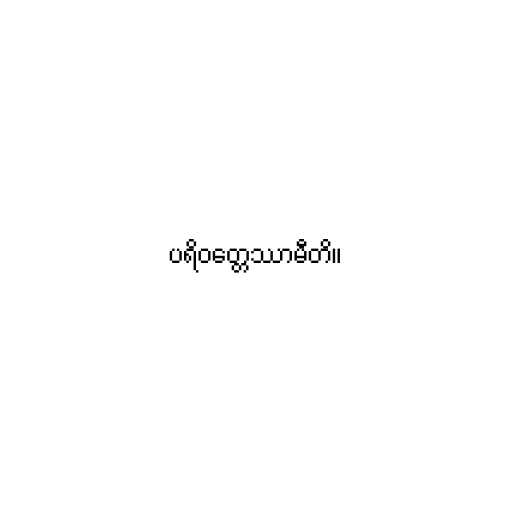
ပရိဝတ္တေဿာမီတိ။